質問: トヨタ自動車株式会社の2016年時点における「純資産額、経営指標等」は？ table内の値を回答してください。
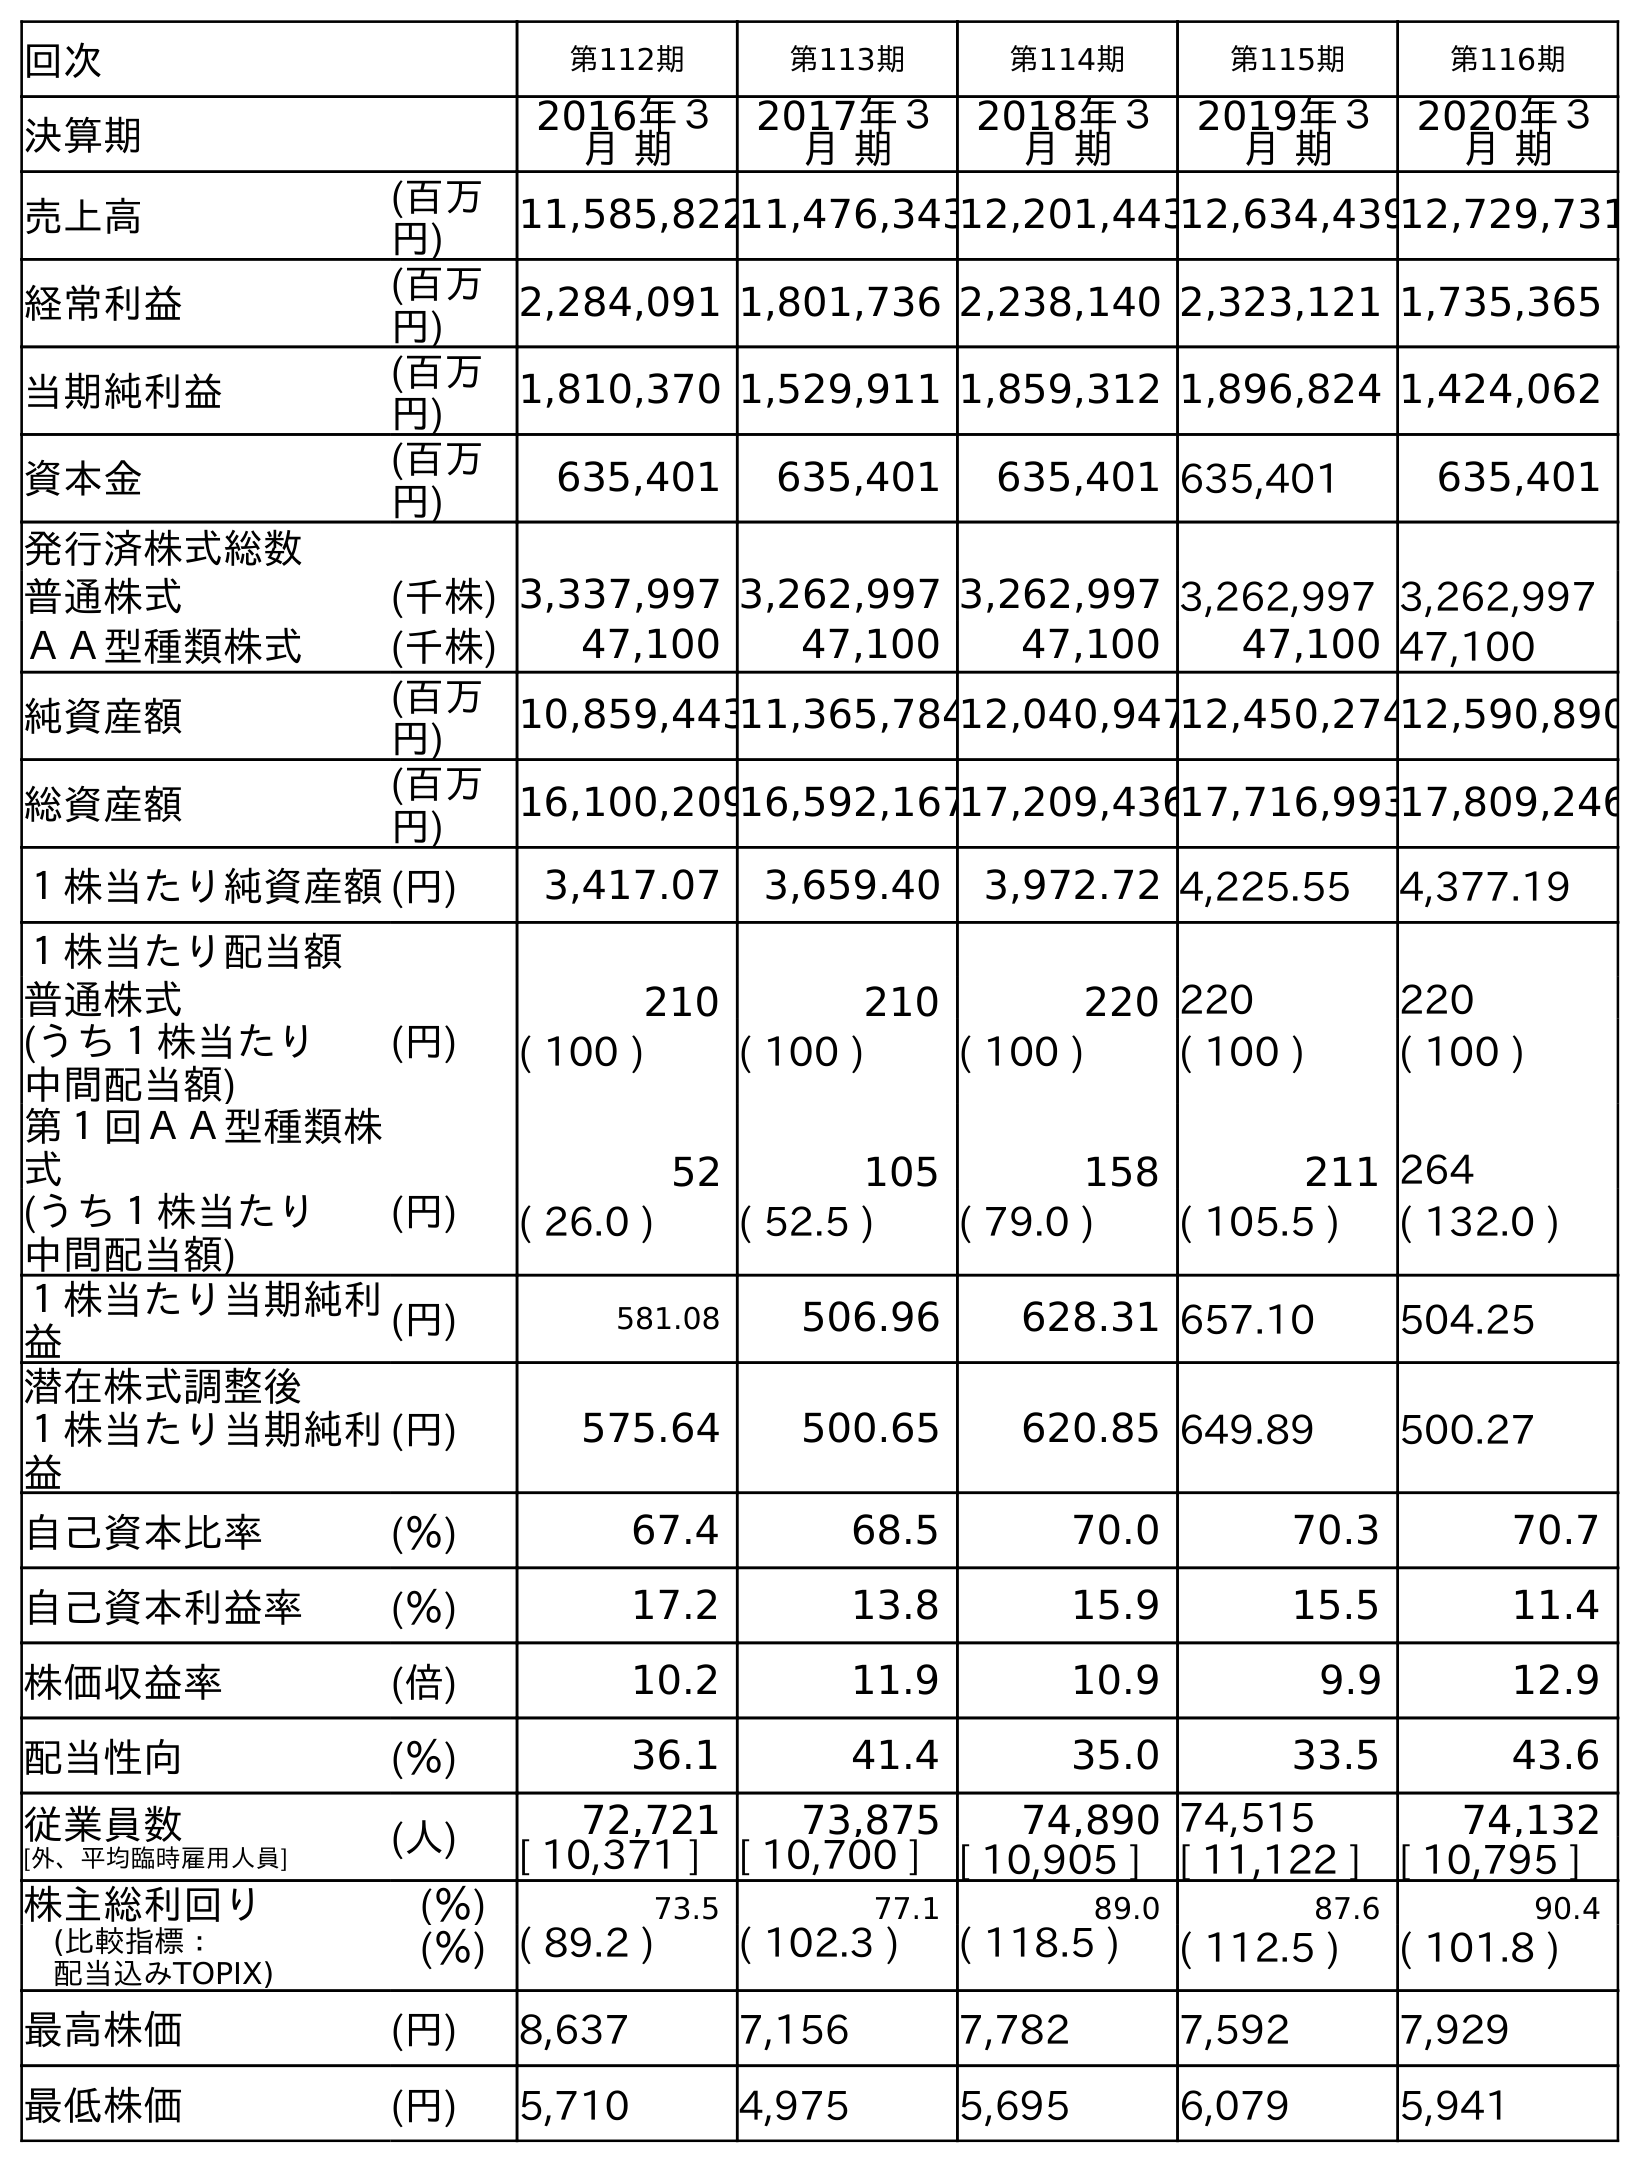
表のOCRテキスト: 回次 第112期 第113期 第114期 第115期 第116期 決算期 2016年３ 月 期 2017年３ 月 期 2018年３ 月 期 2019年３ 月 期 2020年３ 月 期 売上高 (百万 円) 11,585,82211,476,34312,201,44312,634,43912,729,731 経常利益 (百万 円) 2,284,091 1,801,736 2,238,140 2,323,121 1,735,365 当期純利益 (百万 円) 1,810,370 1,529,911 1,859,312 1,896,824 1,424,062 資本金 (百万 円) 635,401 635,401 635,401 635,401 635,401 発行済株式総数 普通株式 (千株) 3,337,997 3,262,997 3,262,997 3,262,997 3,262,997 ＡＡ型種類株式 (千株) 47,100 47,100 47,100 47,100 47,100 純資産額 (百万 円) 10,859,44311,365,78412,040,94712,450,27412,590,890 総資産額 (百万 円) 16,100,20916,592,16717,209,43617,716,99317,809,246 １株当たり純資産額(円) 3,417.07 3,659.40 3,972.72 4,225.55 4,377.19 １株当たり配当額 普通株式 (円) 210 210 220 220 220 (うち１株当たり 中間配当額) ( 100 ) ( 100 ) ( 100 ) ( 100 ) ( 100 ) 第１回ＡＡ型種類株 式 52 105 158 211 264 (うち１株当たり 中間配当額) (円) ( 26.0 ) ( 52.5 ) ( 79.0 ) ( 105.5 ) ( 132.0 ) １株当たり当期純利 益 (円) 581.08 506.96 628.31 657.10 504.25 潜在株式調整後 １株当たり当期純利 益 (円) 575.64 500.65 620.85 649.89 500.27 自己資本比率 (％) 67.4 68.5 70.0 70.3 70.7 自己資本利益率 (％) 17.2 13.8 15.9 15.5 11.4 株価収益率 (倍) 10.2 11.9 10.9 9.9 12.9 配当性向 (％) 36.1 41.4 35.0 33.5 43.6 従業員数 [外、平均臨時雇用人員] (人) 72,721 73,875 74,890 74,515 74,132 [ 10,371 ] [ 10,700 ] [ 10,905 ] [ 11,122 ] [ 10,795 ] 株主総利回り (％) 73.5 77.1 89.0 87.6 90.4 (比較指標： 配当込みTOPIX) (％) ( 89.2 ) ( 102.3 ) ( 118.5 ) ( 112.5 ) ( 101.8 ) 最高株価 (円) 8,637 7,156 7,782 7,592 7,929 最低株価 (円) 5,710 4,975 5,695 6,079 5,941
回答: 10,859,443